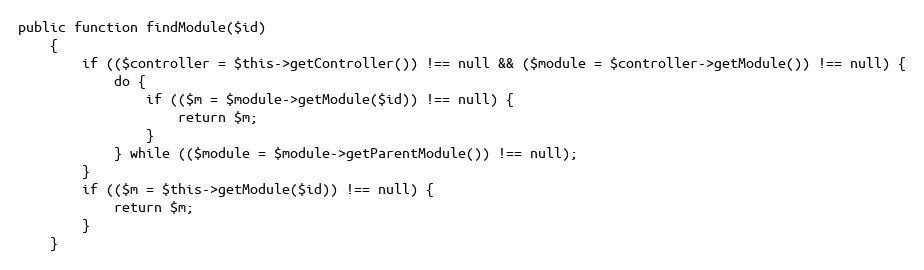
Language: PHP
public function findModule($id)
    {
        if (($controller = $this->getController()) !== null && ($module = $controller->getModule()) !== null) {
            do {
                if (($m = $module->getModule($id)) !== null) {
                    return $m;
                }
            } while (($module = $module->getParentModule()) !== null);
        }
        if (($m = $this->getModule($id)) !== null) {
            return $m;
        }
    }